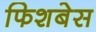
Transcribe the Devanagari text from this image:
फिशबेस